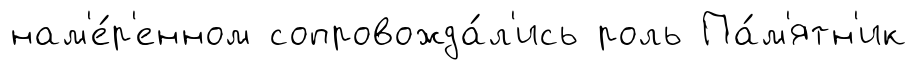
нам'е́р'енном сопровожда́л'ись роль Па́м'ятн'ик